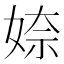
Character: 𡞏